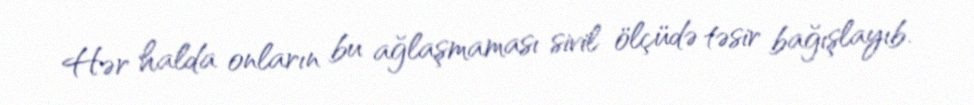
Hər halda onların bu ağlaşmaması sivil ölçüdə təsir bağışlayıb.